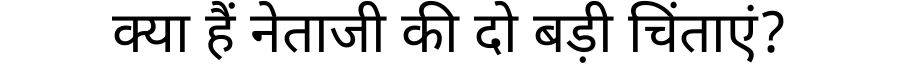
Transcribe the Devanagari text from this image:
क्या हैं नेताजी की दो बड़ी चिंताएं?